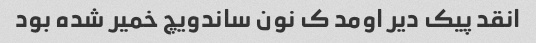
انقد پیک دیر اومد ک نون ساندویچ خمیر شده بود